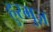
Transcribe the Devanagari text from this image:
हुरमुज़